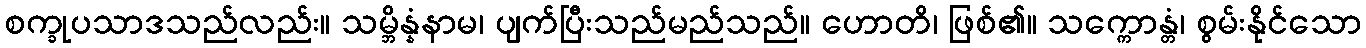
စက္ခုပသာဒသည်လည်း။ သမ္ဘိန္နံနာမ၊ ပျက်ပြီးသည်မည်သည်။ ဟောတိ၊ ဖြစ်၏။ သက္ကောန္တံ၊ စွမ်းနိုင်သော